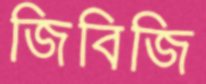
জিবিজি